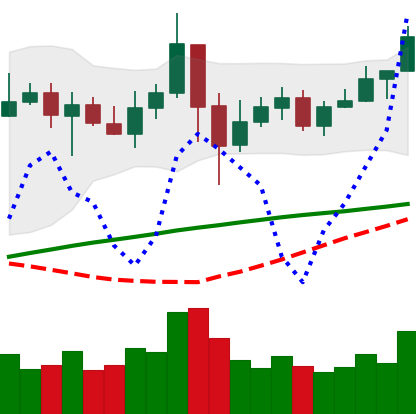
Ticker: LINK-USD
Chart end date: 2020-05-20
Forward return: -4.94%
Label: down_3_5